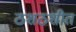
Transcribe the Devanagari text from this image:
ठशठशीत